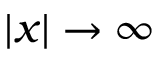
| x | \to \infty